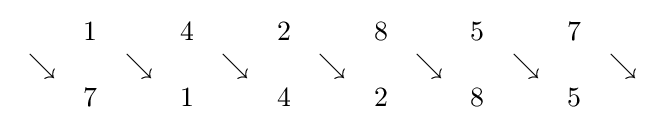
{\begin{array}{ccccccccccccc}&1&&4&&2&&8&&5&&7\\\searrow &&\searrow &&\searrow &&\searrow &&\searrow &&\searrow &&\searrow \\&7&&1&&4&&2&&8&&5\end{array}}